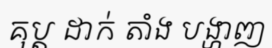
គុប្ត ដាក់ តាំង បង្ហាញ